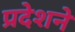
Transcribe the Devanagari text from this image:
प्रदेशने